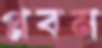
প্লবন